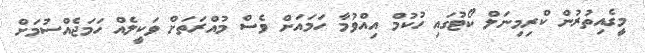
މީގެއިތުރުން ކްރިމިނަލް ކޯޓުގައި ހުކުމް އިއްވުމާ ހަމައަށް ވެސް މުއްރަތަށް ވަކީލެއް ހަމަޖެއްސުމަށް